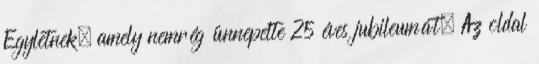
Egyletnek, amely nemrég ünnepelte 25 éves jubileumát. Az oldal